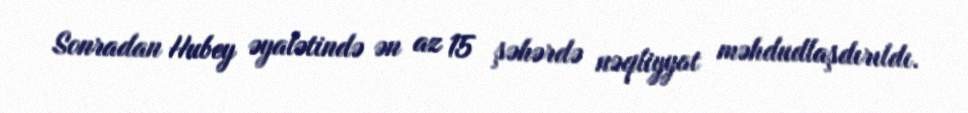
Sonradan Hubey əyalətində ən az 15 şəhərdə nəqliyyat məhdudlaşdırıldı.